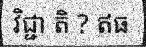
វិជ្ជា តិ ? ឥធ